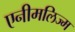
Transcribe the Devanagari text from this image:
एनीमलिज्म